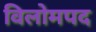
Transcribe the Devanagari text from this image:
विलोमपद